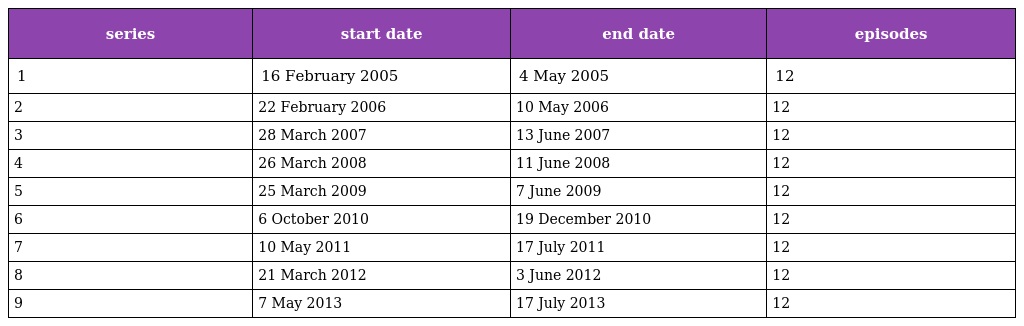
| series | start date | end date | episodes |
 | --- | --- | --- | --- |
 | 1 | 16 February 2005 | 4 May 2005 | 12 |
 | 2 | 22 February 2006 | 10 May 2006 | 12 |
 | 3 | 28 March 2007 | 13 June 2007 | 12 |
 | 4 | 26 March 2008 | 11 June 2008 | 12 |
 | 5 | 25 March 2009 | 7 June 2009 | 12 |
 | 6 | 6 October 2010 | 19 December 2010 | 12 |
 | 7 | 10 May 2011 | 17 July 2011 | 12 |
 | 8 | 21 March 2012 | 3 June 2012 | 12 |
 | 9 | 7 May 2013 | 17 July 2013 | 12 |